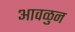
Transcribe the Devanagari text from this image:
आवळुन